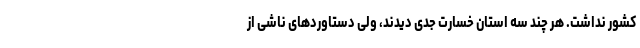
کشور نداشت. هر چند سه استان خسارت جدی دیدند، ولی دستاوردهای ناشی از